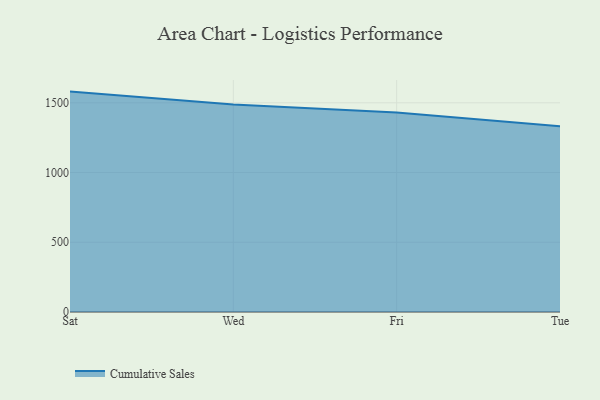
{"axis": {"x": "Day", "y": "Churn Rate (%)"}, "legend": ["Cumulative Sales"], "data": [{"x": "Sat", "y": 1580.3, "type": "Cumulative Sales"}, {"x": "Wed", "y": 1487.4, "type": "Cumulative Sales"}, {"x": "Fri", "y": 1431.1, "type": "Cumulative Sales"}, {"x": "Tue", "y": 1331.1, "type": "Cumulative Sales"}]}